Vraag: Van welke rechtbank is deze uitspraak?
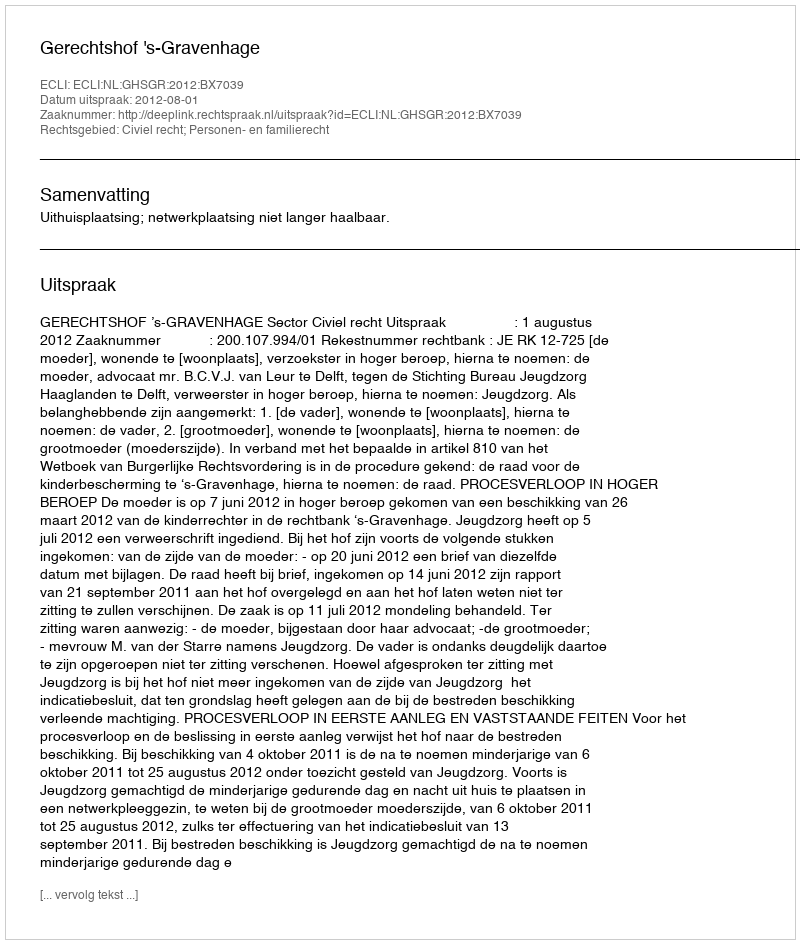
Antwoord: Gerechtshof 's-Gravenhage